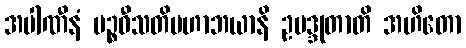
အပါဏီနံ ပဉ္စဝီသတိမဟာဘယာနိ ဥပဒ္ဒုတာတိ အဟိတော